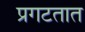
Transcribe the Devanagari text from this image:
प्रगटतात